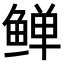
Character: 𬶛